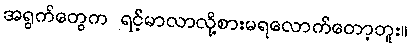
အရွက်တွေက ရင့်မာလာလို့စားမရလောက်တော့ဘူး။